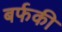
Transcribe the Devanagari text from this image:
बर्फकी